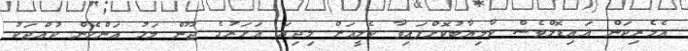
އެމެރިކަން އައިޑޮލްވެސް ކާމިޔާބުކޮށްފައިވާ ކެލީއަށް މިދިޔަ އަހަރުގެ ޖޫން މަހު އަންހެން ކުއްޖަކު